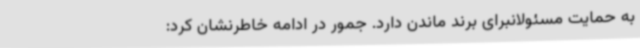
به حمایت مسئولانبرای برند ماندن دارد. جمور در ادامه خاطرنشان کرد: